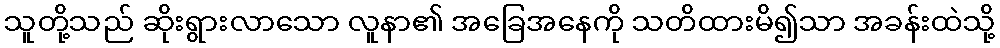
သူတို့သည် ဆိုးရွားလာသော လူနာ၏ အခြေအနေကို သတိထားမိ၍သာ အခန်းထဲသို့